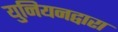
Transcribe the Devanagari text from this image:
युनियनद्वारा